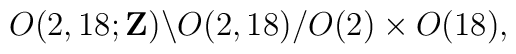
O(2,18;{\bf Z}) \backslash O(2,18) / O(2) \times O(18),